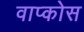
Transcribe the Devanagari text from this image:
वाप्कोस